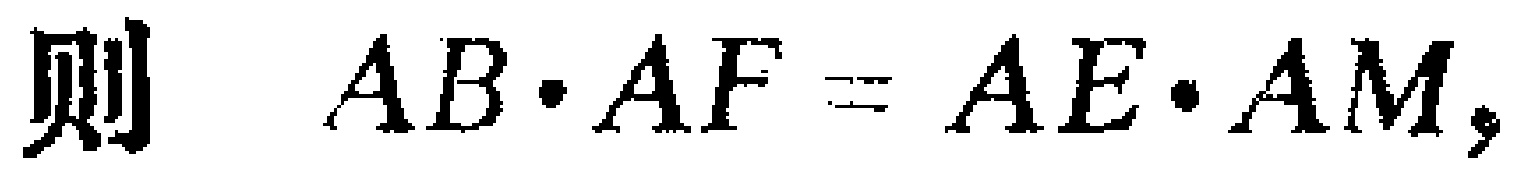
则 \(AB\cdot AF = AE\cdot AM,\)